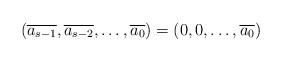
LaTeX: \begin{align*}(\overline{a_{s-1}},\overline{a_{s-2}},\ldots,\overline{a_{0}})=(0, 0, \ldots, \overline{a_{0}}) \end{align*}